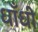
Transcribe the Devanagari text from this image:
धाँधी